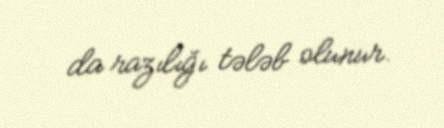
da razılığı tələb olunur.